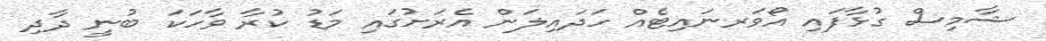
ޝާމިސް ގުޅާފައި އޯވަރނައިޓެއް ހަދައިލަން އެރަށުގައި މަޑު ކުރާ ވާހަކަ ބުނީ ދާދި